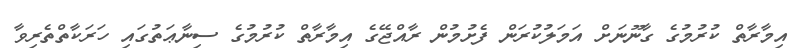
އިމާރާތް ކުރުމުގެ ގާނޫނަށް އަމަލުކުރަން ފެށުމުން ރާއްޖޭގެ އިމާރާތް ކުރުމުގެ ސިނާޢަތުގައި ހަރަކާތްތެރިވާ